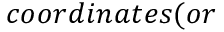
c o o r d i n a t e s ( o r